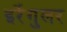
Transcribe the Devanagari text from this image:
इर्रेगुलर